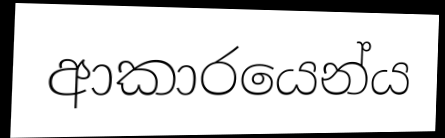
ආකාරයෙන්ය